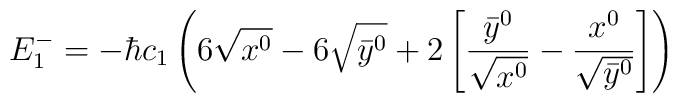
E_1^-=-\hbar c_1 \left( 6\sqrt{x^0} -6\sqrt{\bar y^0}+2\left[ \frac{\bar y^0}{\sqrt{x^0}} -\frac {x^0}{\sqrt{\bar y^0}} \right] \right)